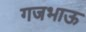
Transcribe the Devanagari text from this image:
गजभाऊ